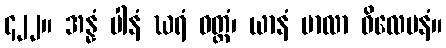
၄၂၂။ အန္နံ ပါနံ ဃရံ ဝတ္ထံ၊ ယာနံ မာလာ ဝိလေပနံ။